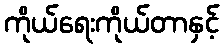
ကိုယ်ရေးကိုယ်တာနှင့်